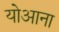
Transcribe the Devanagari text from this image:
योआना